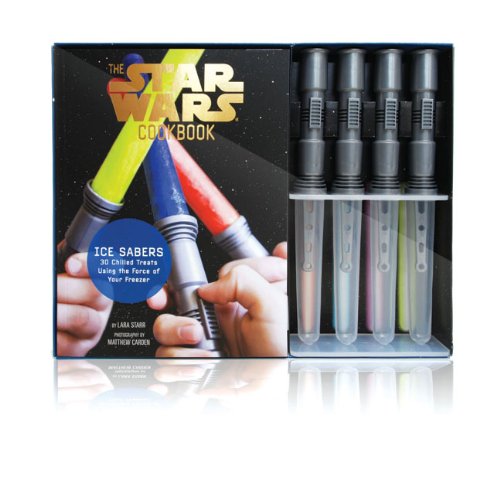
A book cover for Ice Sabers: 30 Chilled Treats Using the Force of Your Freezer! (Star Wars Cookbook); Lara Starr; Children's Books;